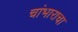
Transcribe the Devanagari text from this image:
चांभाराचा